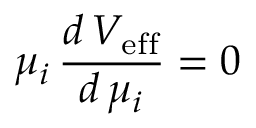
\mu _ { i } \, \frac { d \, V _ { \mathrm { e f f } } } { d \, \mu _ { i } } = 0